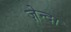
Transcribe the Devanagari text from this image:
ज़ेन्दा